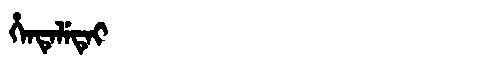
Manchu: ᡥᡝᠨᡨᡝᠯᡝᡨᡝᡳ
Romanization: HENTELETEI